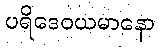
ပရိဒေဝယမာနော